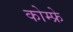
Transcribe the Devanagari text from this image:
कोम्फ्रे